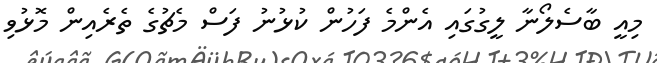
މިއީ ބާސެލޯނާ ލީގުގައި އެންމެ ފަހުން ކުޅުނު ފަސް މެޗުގެ ތެރެއިން މޮޅުވި